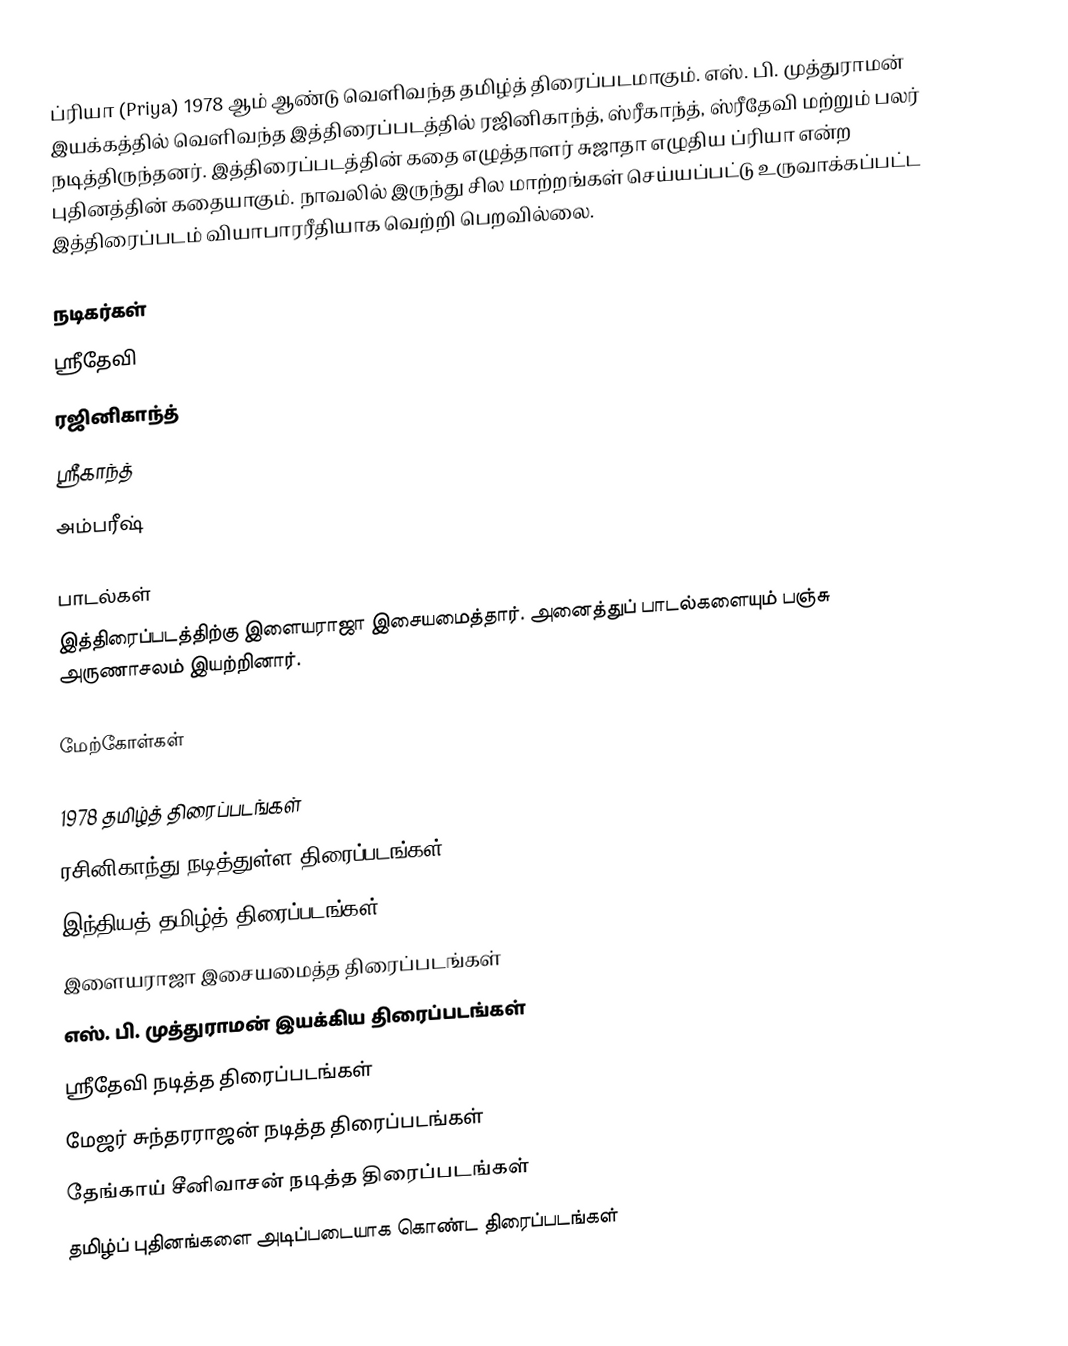
ப்ரியா (Priya) 1978 ஆம் ஆண்டு வெளிவந்த தமிழ்த் திரைப்படமாகும். எஸ். பி. முத்துராமன் இயக்கத்தில் வெளிவந்த இத்திரைப்படத்தில் ரஜினிகாந்த், ஸ்ரீகாந்த், ஸ்ரீதேவி மற்றும் பலர் நடித்திருந்தனர். இத்திரைப்படத்தின் கதை எழுத்தாளர் சுஜாதா எழுதிய ப்ரியா என்ற புதினத்தின் கதையாகும். நாவலில் இருந்து சில மாற்றங்கள் செய்யப்பட்டு உருவாக்கப்பட்ட இத்திரைப்படம் வியாபாரரீதியாக வெற்றி பெறவில்லை.

நடிகர்கள்
 ஸ்ரீதேவி
 ரஜினிகாந்த்
 ஸ்ரீகாந்த்
 அம்பரீஷ்

பாடல்கள்
இத்திரைப்படத்திற்கு இளையராஜா இசையமைத்தார். அனைத்துப் பாடல்களையும் பஞ்சு அருணாசலம் இயற்றினார்.

மேற்கோள்கள்

1978 தமிழ்த் திரைப்படங்கள்
ரசினிகாந்து நடித்துள்ள திரைப்படங்கள்
இந்தியத் தமிழ்த் திரைப்படங்கள்
இளையராஜா இசையமைத்த திரைப்படங்கள்
எஸ். பி. முத்துராமன் இயக்கிய திரைப்படங்கள்
ஸ்ரீதேவி நடித்த திரைப்படங்கள்
மேஜர் சுந்தரராஜன் நடித்த திரைப்படங்கள்
தேங்காய் சீனிவாசன் நடித்த திரைப்படங்கள்
தமிழ்ப் புதினங்களை அடிப்படையாக கொண்ட திரைப்படங்கள்